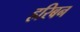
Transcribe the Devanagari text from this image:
हरिबन